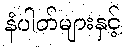
နံပါတ်များနှင့်